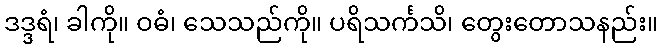
ဒဒ္ဒရံ၊ ခါကို။ ဝဓံ၊ သေသည်ကို။ ပရိသင်္ကသိ၊ တွေးတောသနည်း။